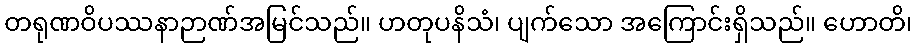
တရုဏဝိပဿနာဉာဏ်အမြင်သည်။ ဟတုပနိသံ၊ ပျက်သော အကြောင်းရှိသည်။ ဟောတိ၊